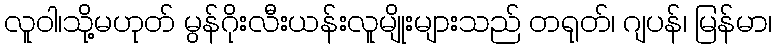
လူဝါ၊သို့မဟုတ် မွန်ဂိုးလီးယန်းလူမျိုးများသည် တရုတ်၊ ဂျပန်၊ မြန်မာ၊